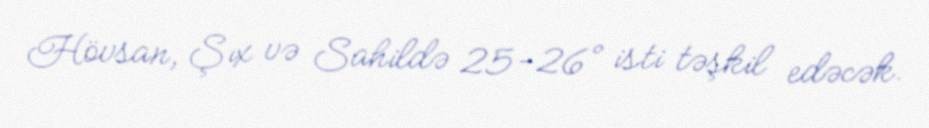
Hövsan, Şıx və Sahildə 25-26° isti təşkil edəcək.